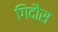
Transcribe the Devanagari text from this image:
गिदौस